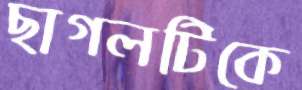
ছাগলটিকে